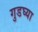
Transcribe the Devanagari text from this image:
गुडघ्या